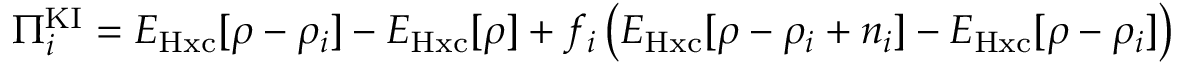
\Pi _ { i } ^ { \mathrm { K I } } = E _ { \mathrm { H x c } } [ \rho - \rho _ { i } ] - E _ { \mathrm { H x c } } [ \rho ] + f _ { i } \left( E _ { \mathrm { H x c } } [ \rho - \rho _ { i } + n _ { i } ] - E _ { \mathrm { H x c } } [ \rho - \rho _ { i } ] \right)